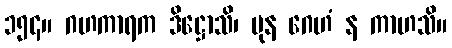
၁၅၄။ ဂဟကာရက ဒိဋ္ဌောသိ၊ ပုန ဂေဟံ န ကာဟသိ။